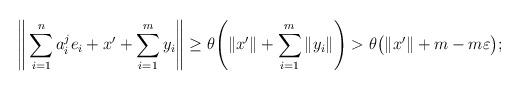
LaTeX: \begin{align*} \Bigg\|\sum_{i=1}^n a^j_i e_i + x' + \sum_{i=1}^{m} y_i\Bigg\| \geq \theta \Bigg(\|x'\| + \sum_{i=1}^{m} \|y_i\|\Bigg) > \theta \big(\|x'\| + m - m\varepsilon\big);\end{align*}